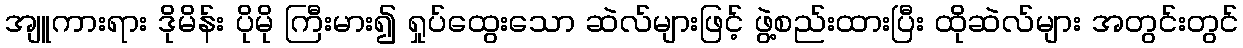
အျူကားရား ဒိုမိန်း ပိုမို ကြီးမား၍ ရှုပ်ထွေးသော ဆဲလ်များဖြင့် ဖွဲ့စည်းထားပြီး ထိုဆဲလ်များ အတွင်းတွင်